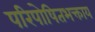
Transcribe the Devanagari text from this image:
परिपोषितभक्ताय